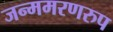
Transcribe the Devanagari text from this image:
जन्ममरणरुप